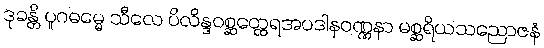
ဒုခန္တိ ပူဂဓမ္မေ သီလေ ပိလိန္ဒဝစ္ဆတ္ထေရအပဒါနဝဏ္ဏနာ မစ္ဆရိယသညောဇနံ